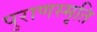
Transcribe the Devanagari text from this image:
पुराणस्मृति